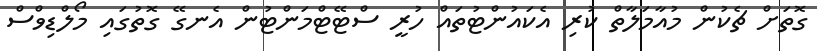
ގޮތަށް ޗެކުން މުއާމަލާތް ކުރި އެކައުންޓުތައް ހުރީ ސްޓޭޓްމަންޓުން އެނގޭ ގޮތުގައި މޯލްޑިވްސް